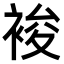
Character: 𧚉